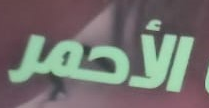
الأحمر